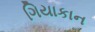
ગિયાકાન